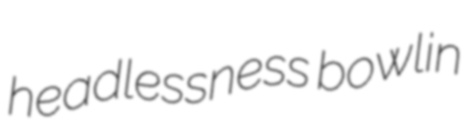
headlessness bowlin